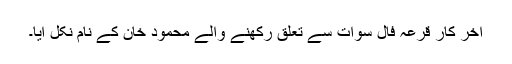
آخر کار قرعہ فال سوات سے تعلق رکھنے والے محمود خان کے نام نکل آیا۔